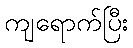
ကျရောက်ပြီး